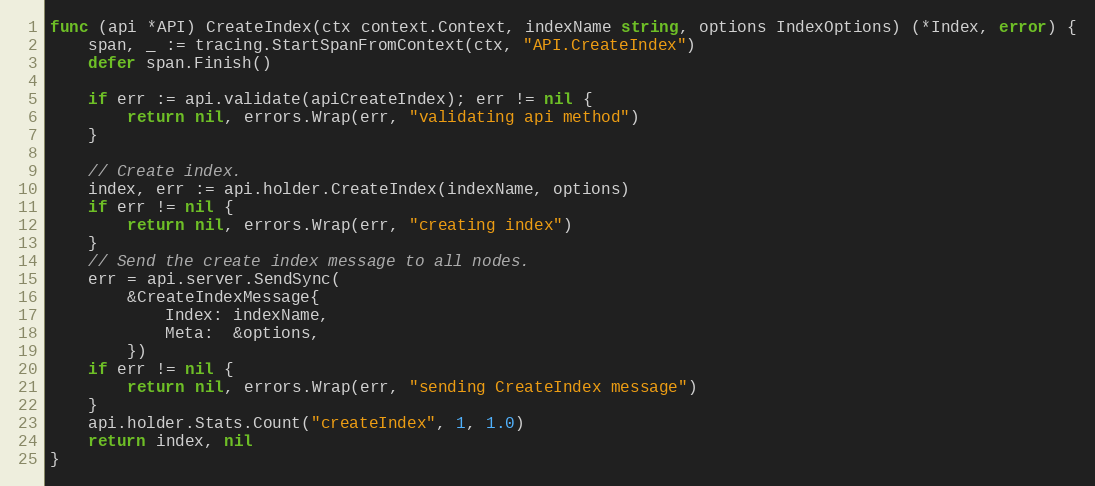
Language: Go
func (api *API) CreateIndex(ctx context.Context, indexName string, options IndexOptions) (*Index, error) {
	span, _ := tracing.StartSpanFromContext(ctx, "API.CreateIndex")
	defer span.Finish()

	if err := api.validate(apiCreateIndex); err != nil {
		return nil, errors.Wrap(err, "validating api method")
	}

	// Create index.
	index, err := api.holder.CreateIndex(indexName, options)
	if err != nil {
		return nil, errors.Wrap(err, "creating index")
	}
	// Send the create index message to all nodes.
	err = api.server.SendSync(
		&CreateIndexMessage{
			Index: indexName,
			Meta:  &options,
		})
	if err != nil {
		return nil, errors.Wrap(err, "sending CreateIndex message")
	}
	api.holder.Stats.Count("createIndex", 1, 1.0)
	return index, nil
}